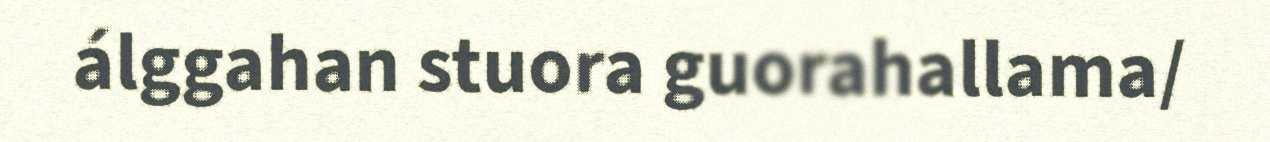
álggahan stuora guorahallama/